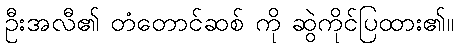
ဦးအလီ၏ တံတောင်ဆစ် ကို ဆွဲကိုင်ပြထား၏။